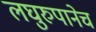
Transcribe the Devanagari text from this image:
लघुरुपानेच